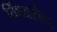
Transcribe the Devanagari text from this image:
विंध्यसेना